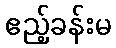
ဧည့်ခန်းမ